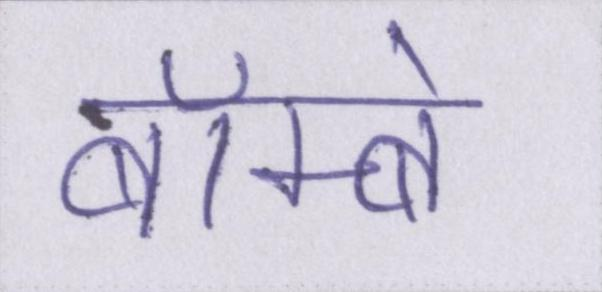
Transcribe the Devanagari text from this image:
बॅाम्बे